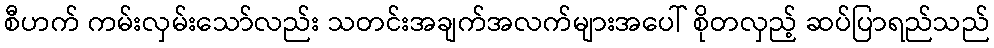
စီဟက် ကမ်းလှမ်းသော်လည်း သတင်းအချက်အလက်များအပေါ် စိုတလှည့် ဆပ်ပြာရည်သည်